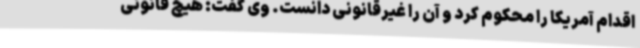
اقدام آمریکا را محکوم کرد و آن را غیرقانونی دانست. وی گفت: هیچ قانونی